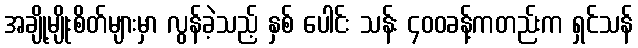
အချို့မျိုးစိတ်များမှာ လွန်ခဲ့သည့် နှစ် ပေါင်း သန်း ၄၀၀ခန့်ကတည်းက ရှင်သန်